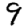
Digit: 9